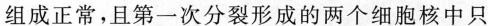
组成正常，且第一次分裂形成的两个细胞核中只